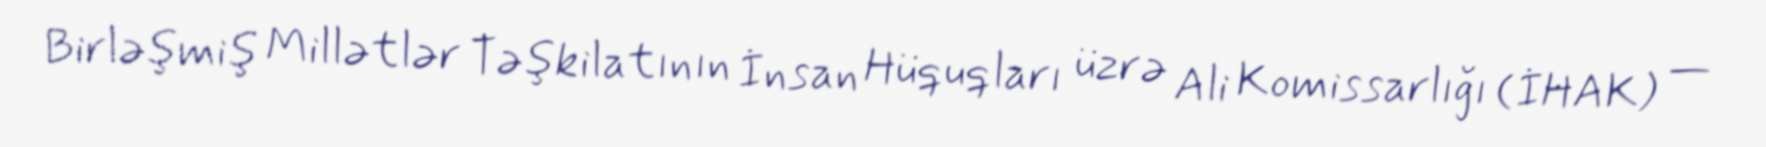
Birləşmiş Millətlər Təşkilatının İnsan Hüquqları üzrə Ali Komissarlığı (İHAK) —